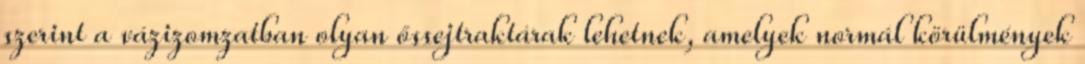
szerint a vázizomzatban olyan őssejtraktárak lehetnek, amelyek normál körülmények